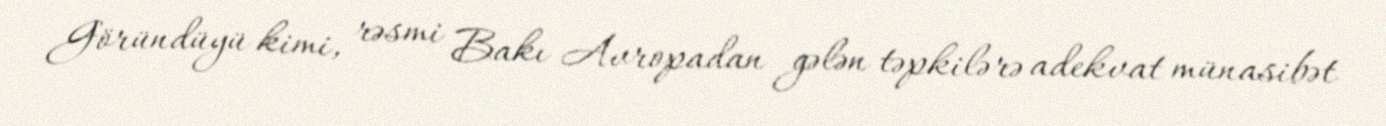
Göründüyü kimi, rəsmi Bakı Avropadan gələn təpkilərə adekvat münasibət